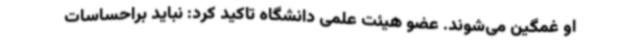
او غمگین می‌شوند. عضو هیئت علمی دانشگاه تاکید کرد: نباید براحساسات